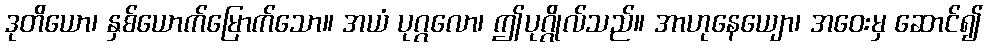
ဒုတိယော၊ နှစ်ယောက်မြောက်သော။ အယံ ပုဂ္ဂလော၊ ဤပုဂ္ဂိုလ်သည်။ အာဟုနေယျော၊ အဝေးမှ ဆောင်၍